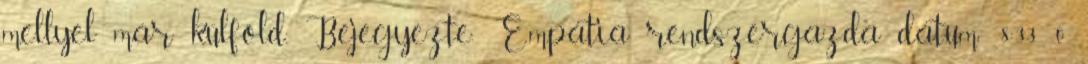
mellyel már külföld. Bejegyezte: Empátia rendszergazda dátum: 8:33 0